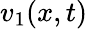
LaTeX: v_{1}(x,t)